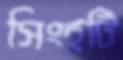
সিংহটি